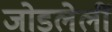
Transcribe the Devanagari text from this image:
जोडलेलीं